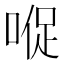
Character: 𱓠